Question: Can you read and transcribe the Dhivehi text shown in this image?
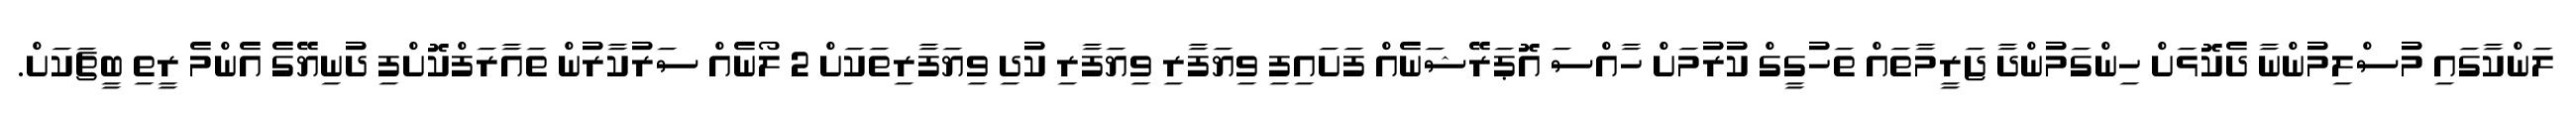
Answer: ލަންކާގައި މުސްލިމުންނާ ދެކޮޅަށް ހިންގަމުންދާ ޖަރީމާތައް ތަހުގީގް ކުރުމަށް ހާއްސަ އޮޕަރޭޝަނެއް ފަށައިފި ވިޔަފާރި ވިޔަފާރި ކުދި ވިޔަފާރިތަކަށް 2 ލޯނެއް ސަރުކާރުން ތައާރަފްކޮށްފި ދުނިޔޭގެ އެންމެ ރީތި ބީޗަކަށް.